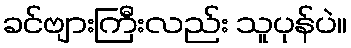
ခင်ဗျားကြီးလည်း သူပုန်ပဲ။